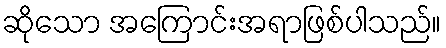
ဆိုသော အကြောင်းအရာဖြစ်ပါသည်။